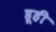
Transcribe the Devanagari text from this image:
हूही